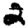
Digit: 2